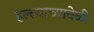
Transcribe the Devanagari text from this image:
हल्ल्याच्यावेळी